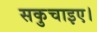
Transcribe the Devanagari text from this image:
सकुचाइए।